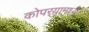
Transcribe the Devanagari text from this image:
कोपर्‍यामध्ये